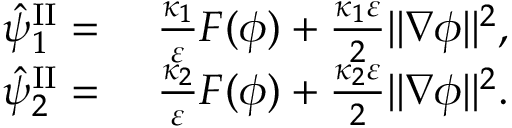
\begin{array} { r l } { \hat { \psi } _ { 1 } ^ { \mathrm { I I } } = } & { { } ~ \frac { \kappa _ { 1 } } { \varepsilon } F ( \phi ) + \frac { \kappa _ { 1 } \varepsilon } { 2 } \| \nabla \phi \| ^ { 2 } , } \\ { \hat { \psi } _ { 2 } ^ { \mathrm { I I } } = } & { { } ~ \frac { \kappa _ { 2 } } { \varepsilon } F ( \phi ) + \frac { \kappa _ { 2 } \varepsilon } { 2 } \| \nabla \phi \| ^ { 2 } . } \end{array}